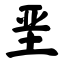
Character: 垩